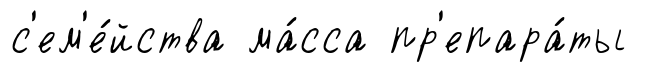
с'ем'е́йства ма́сса пр'епара́ты